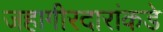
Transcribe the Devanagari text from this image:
जहागीरदारांकडे